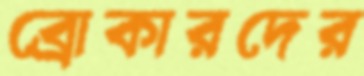
ব্রোকারদের